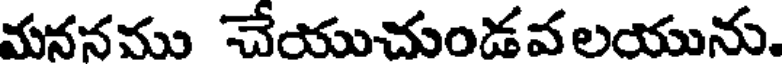
మననము చేయుచుండవలయును.